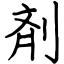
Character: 剤